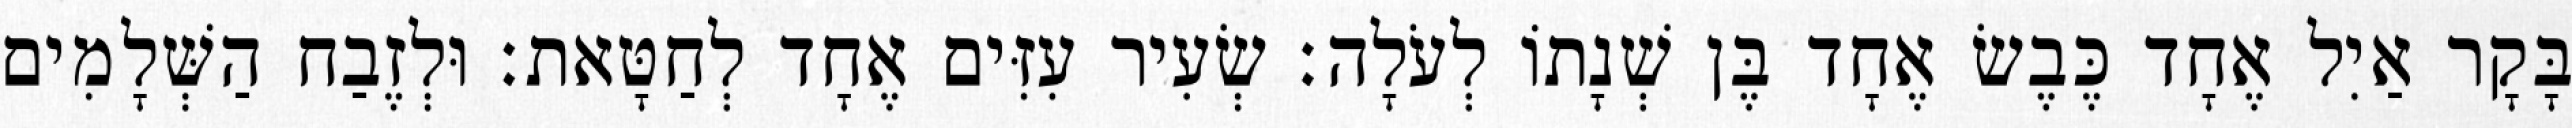
בָּקָר אַיִל אֶחָד כֶּבֶשׂ אֶחָד בֶּן שְׁנָתוֹ לְעֹלָה׃ שְׂעִיר עִזִּים אֶחָד לְחַטָּאת׃ וּלְזֶבַח הַשְּׁלָמִים